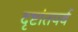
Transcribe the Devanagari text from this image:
दृष्टांतपर्व